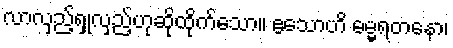
လာလှည့်ရှုလှည့်ဟုဆိုထိုက်သော။ ဧသောဟိ ဓမ္မရတနော၊